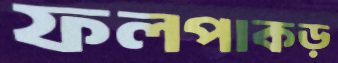
ফলপাকড়